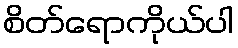
စိတ်ရောကိုယ်ပါ